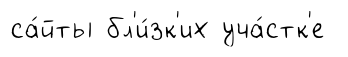
са́йты бл'и́зк'их уча́стк'е